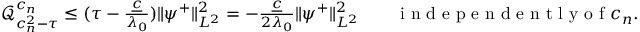
\begin{array} { r } { \mathcal { Q } _ { c _ { n } ^ { 2 } - \tau } ^ { c _ { n } } \leq ( \tau - \frac { \underline { { c } } } { \lambda _ { 0 } } ) \| \psi ^ { + } \| _ { L ^ { 2 } } ^ { 2 } = - \frac { \underline { { c } } } { 2 \lambda _ { 0 } } \| \psi ^ { + } \| _ { L ^ { 2 } } ^ { 2 } \qquad \textrm { i n d e p e n d e n t l y o f } c _ { n } . } \end{array}